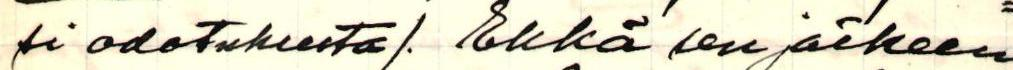
si odotuksesta/. Ehkä sen jälkeen